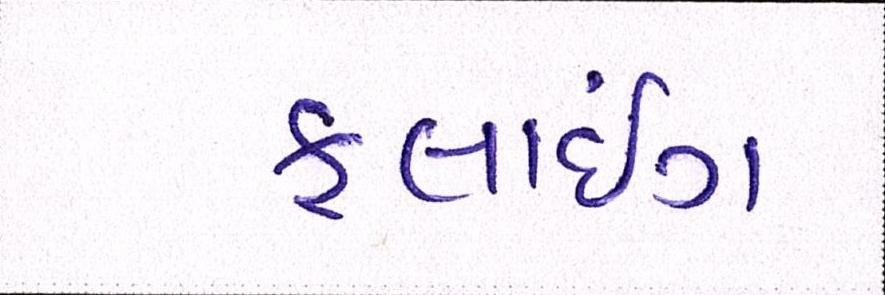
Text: ફ્લાઇંગ